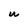
Character: W